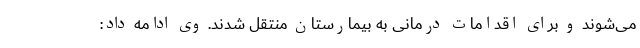
می‌شوند و برای اقدامات درمانی به بیمارستان منتقل شدند. وی ادامه داد: